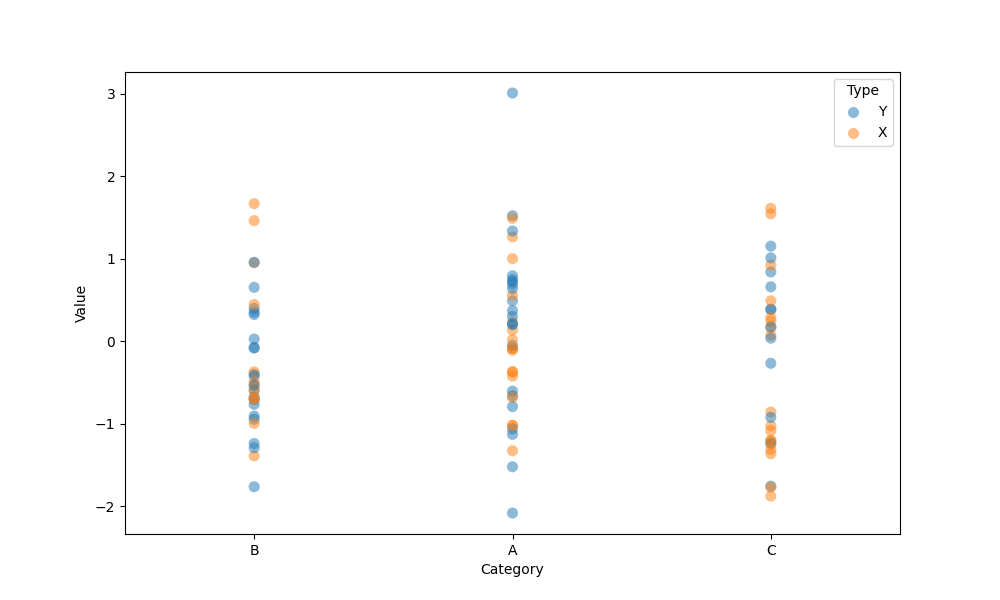
python, seaborn, stripplot, jitter=False, dodge=False, alpha=0.5, size=8